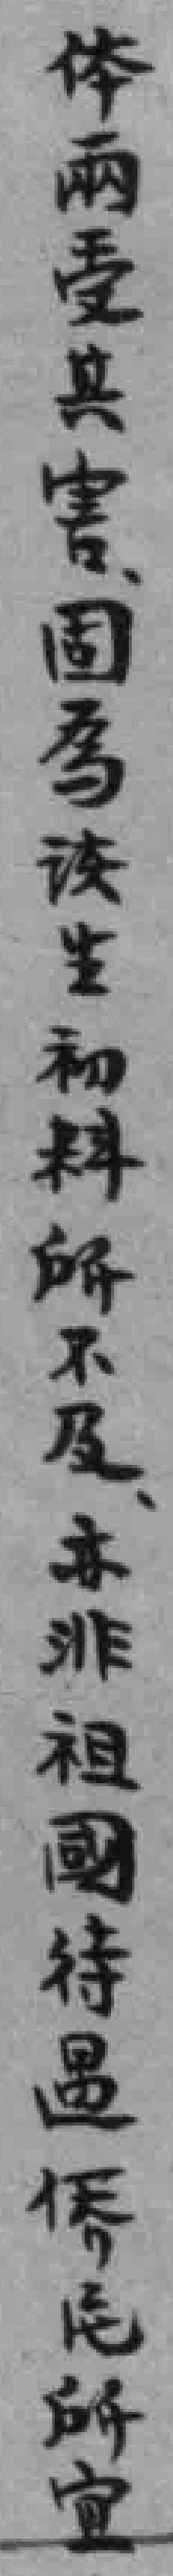
体兩受其害固為該生初料所不及亦非祖國待遇僑民所宜